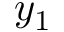
y _ { 1 }